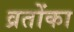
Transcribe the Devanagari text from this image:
व्रतोंका